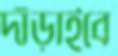
দাঁড়াইবে